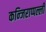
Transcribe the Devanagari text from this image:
कन्जिराप्पल्ली